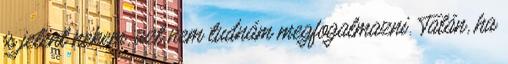
is jelent nekem, azt nem tudnám megfogalmazni. Talán, ha